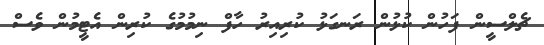
ޗެލްސީން ފަހުން ކުޅުން ރަނގަޅު ކުރިއިރު ހާފް ނިމުމުގެ ކުރިން އެޓީމުން ވެސް